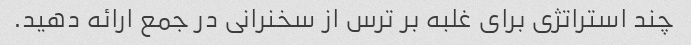
چند استراتژی برای غلبه بر ترس از سخنرانی در جمع ارائه دهید.